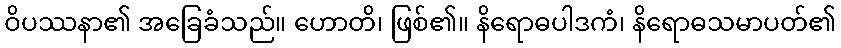
ဝိပဿနာ၏ အခြေခံသည်။ ဟောတိ၊ ဖြစ်၏။ နိရောဓပါဒကံ၊ နိရောဓသမာပတ်၏